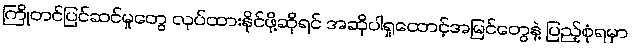
ကြိုတင်ပြင်ဆင်မှုတွေ လုပ်ထားနိုင်ဖို့ဆိုရင် အဆိုပါရှုထောင့်အမြင်တွေနဲ့ ပြည့်စုံရမှာ